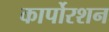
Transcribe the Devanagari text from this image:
कार्पोरशन